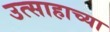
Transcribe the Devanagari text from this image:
उत्साहाच्या